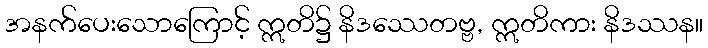
အနက်ပေးသောကြောင့် ဣတိ၌ နိဒဿေတဗ္ဗ, ဣတိကား နိဒဿန။